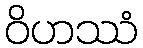
ဝိဟဿံ